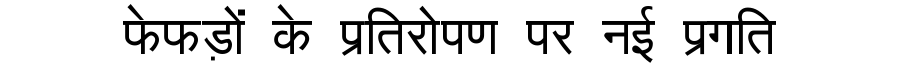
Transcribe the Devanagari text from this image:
फेफड़ों के प्रतिरोपण पर नई प्रगति